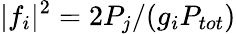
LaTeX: \lvert f_{i}\rvert^{2}=2P_{j}/(g_{i}P_{tot})